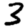
Digit: 3